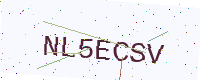
Text: NL5ECSV